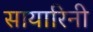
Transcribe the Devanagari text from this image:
सायारिनी